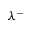
\lambda ^ { - }